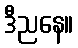
ဒီညနေ။